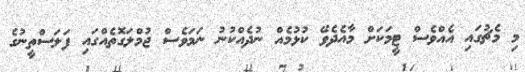
މި މެޗުގައި އެއްވެސް ޓީމަކަށް މާއެދެވޭ ކުޅުމެއް ނުދެއްކުނު ނަމަވެސް ޖުމްލަގޮތެއްގައި ފަލަސްތީނުގެ